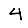
Digit: 4